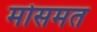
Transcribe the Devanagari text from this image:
मोसमत